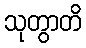
သုတွာတိ